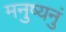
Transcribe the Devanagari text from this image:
मनुष्यनुं